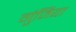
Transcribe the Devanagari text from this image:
गुंजिया